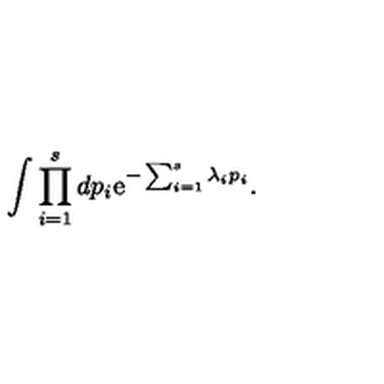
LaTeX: \int \prod _ { i = 1 } ^ { s } d p _ { i } \mathrm { e } ^ { - \sum _ { i = 1 } ^ { s } \lambda _ { i } p _ { i } } .